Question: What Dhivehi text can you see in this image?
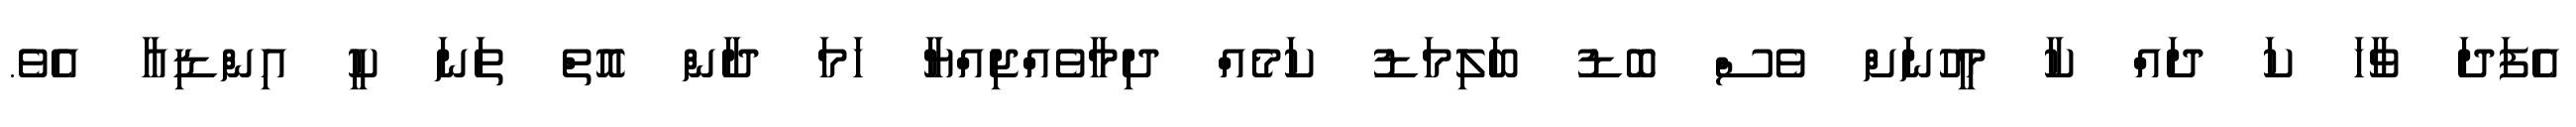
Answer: އެފަދަ ވާހަ ކަ ދައް ކާ މީހުނަށް ވެސް ބޮޑު ބަލިމަޑު ކަމެއް ދިމާވެއްޖިއްޔާ ހަމަ ދާން އޮތް ތަނަ ކީ އިންޑިއާ އެވެ.